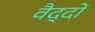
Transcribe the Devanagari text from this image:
वैद्दों